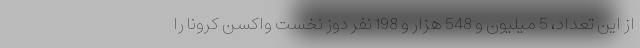
از این تعداد، 5 میلیون و 548 هزار و 198 نفر دوز نخست واکسن کرونا را